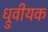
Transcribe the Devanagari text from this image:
ध्रुवीयक